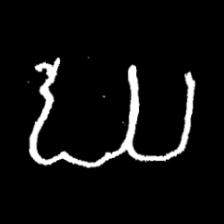
Pyu character \u2014 Myanmar letter: ဃ (romanized: gha)